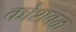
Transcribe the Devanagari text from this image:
कोशबळ